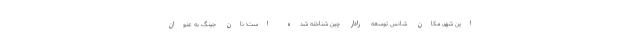
این شهر، مکان شانس توسعه رادار چین شناخته شده است؛ نان جینگ به عنوان